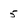
Character: 5